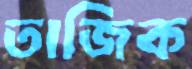
তাজিক